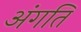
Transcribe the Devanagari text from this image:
अंगति